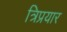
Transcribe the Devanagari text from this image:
त्रिप्रयार